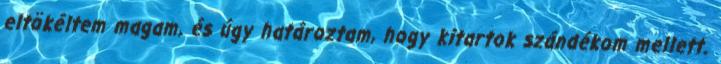
eltökéltem magam, és úgy határoztam, hogy kitartok szándékom mellett.